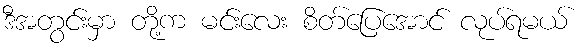
ဒီအတွင်းမှာ တို့က မင်းလေး စိတ်ပြေအောင် လုပ်ရမယ်